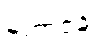
မဟာဇနံ